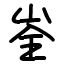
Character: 峑